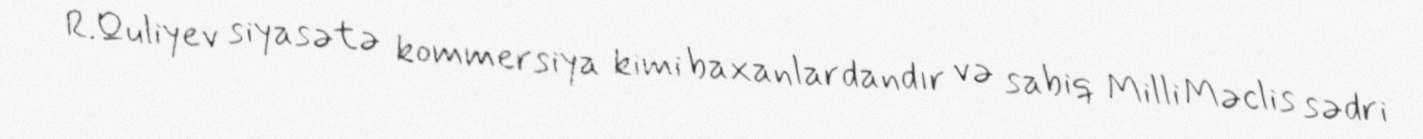
R.Quliyev siyasətə kommersiya kimi baxanlardandır və sabiq Milli Məclis sədri